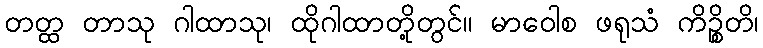
တတ္ထ တာသု ဂါထာသု၊ ထိုဂါထာတို့တွင်။ မာဝေါစ ဖရုသံ ကိဉ္စိတိ၊